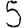
Digit: 5